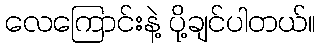
လေကြောင်းနဲ့ ပို့ချင်ပါတယ်။